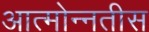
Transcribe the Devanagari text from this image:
आत्मोन्नतीस